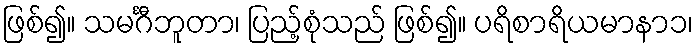
ဖြစ်၍။ သမင်္ဂီဘူတာ၊ ပြည့်စုံသည် ဖြစ်၍။ ပရိစာရိယမာနာ၁၊